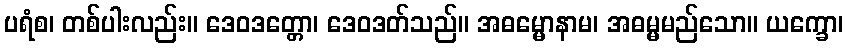
ပရံစ၊ တစ်ပါးလည်း။ ဒေဝဒတ္တော၊ ဒေဝဒတ်သည်။ အဓမ္မောနာမ၊ အဓမ္မမည်သော။ ယက္ခော၊